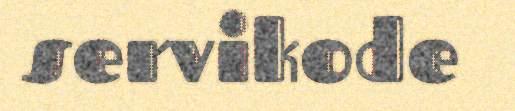
servikode